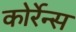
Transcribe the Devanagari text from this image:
कोर्रेन्स